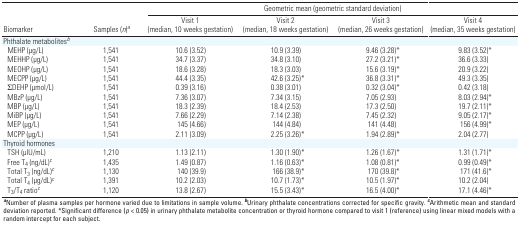
<table><thead><tr><td rowspan="2"><b>Biomarker</b></td><td rowspan="2"><b> Samples (<i>n</i>)<sup><i>a</i></sup></b></td><td colspan="4"><b>Geometric mean (geometric standard deviation)</b></td></tr><tr><td><b>Visit 1 (median, 10 weeks gestation)</b></td><td><b>Visit 2 (median, 18 weeks gestation)</b></td><td><b>Visit 3 (median, 26 weeks gestation)</b></td><td><b>Visit 4 (median, 35 weeks gestation)</b></td></tr></thead><tbody><tr><td><b>Phthalate metabolites<sup><i>b</i></sup></b></td></tr><tr><td><b>MEHP (μg/L)</b></td><td>1,541</td><td>10.6 (3.52)</td><td>10.9 (3.39)</td><td>9.46 (3.28)*</td><td>9.83 (3.52)*</td></tr><tr><td><b>MEHHP (μg/L)</b></td><td>1,541</td><td>34.7 (3.37)</td><td>34.8 (3.10)</td><td>27.2 (3.21)*</td><td>36.6 (3.33)</td></tr><tr><td><b>MEOHP (μg/L)</b></td><td>1,541</td><td>18.6 (3.28)</td><td>18.3 (3.03)</td><td>15.6 (3.19)*</td><td>20.9 (3.22)</td></tr><tr><td><b>MECPP (μg/L)</b></td><td>1,541</td><td>44.4 (3.35)</td><td>42.6 (3.25)*</td><td>36.8 (3.31)*</td><td>49.3 (3.35)</td></tr><tr><td><b>ΣDEHP (μmol/L)</b></td><td>1,541</td><td>0.39 (3.16)</td><td>0.38 (3.01)</td><td>0.32 (3.04)*</td><td>0.42 (3.18)</td></tr><tr><td><b>MBzP (μg/L)</b></td><td>1,541</td><td>7.36 (3.07)</td><td>7.34 (3.15)</td><td>7.05 (2.93)</td><td>8.03 (2.94)*</td></tr><tr><td><b>MBP (μg/L)</b></td><td>1,541</td><td>18.3 (2.39)</td><td>18.4 (2.53)</td><td>17.3 (2.50)</td><td>19.7 (2.11)*</td></tr><tr><td><b>MiBP (μg/L)</b></td><td>1,541</td><td>7.66 (2.29)</td><td>7.14 (2.38)</td><td>7.45 (2.32)</td><td>9.05 (2.17)*</td></tr><tr><td><b>MEP (μg/L)</b></td><td>1,541</td><td>145 (4.66)</td><td>144 (4.84)</td><td>141 (4.48)</td><td>156 (4.99)*</td></tr><tr><td><b>MCPP (μg/L)</b></td><td>1,541</td><td>2.11 (3.09)</td><td>2.25 (3.26)*</td><td>1.94 (2.89)*</td><td>2.04 (2.77)</td></tr><tr><td><b>Thyroid hormones</b></td></tr><tr><td><b>TSH (μIU/mL)</b></td><td>1,210</td><td>1.13 (2.11)</td><td>1.30 (1.90)*</td><td>1.26 (1.67)*</td><td>1.31 (1.71)*</td></tr><tr><td><b>Free T<sub>4</sub> (ng/dL)<sup><i>c</i></sup></b></td><td>1,435</td><td>1.49 (0.87)</td><td>1.16 (0.63)*</td><td>1.08 (0.81)*</td><td>0.99 (0.49)*</td></tr><tr><td><b>Total T<sub>3</sub> (ng/dL)<sup><i>c</i></sup></b></td><td>1,130</td><td>140 (39.9)</td><td>166 (38.9)*</td><td>170 (39.8)*</td><td>171 (41.6)*</td></tr><tr><td><b>Total T<sub>4</sub> (μg/dL)<sup><i>c</i></sup></b></td><td>1,391</td><td>10.2 (2.03)</td><td>10.7 (1.73)*</td><td>10.5 (1.97)*</td><td>10.2 (2.04)</td></tr><tr><td><b>T<sub>3</sub>/T<sub>4</sub> ratio<sup><i>c</i></sup></b></td><td>1,120</td><td>13.8 (2.67)</td><td>15.5 (3.43)*</td><td>16.5 (4.00)*</td><td>17.1 (4.46)*</td></tr><tr><td colspan="6"><sup><i><b>a</b></i></sup>Number of plasma samples per hormone varied due to limitations in sample volume. <sup><i><b>b</b></i></sup>Urinary phthalate concentrations corrected for specific gravity. <sup><i><b>c</b></i></sup>Arithmetic mean and standard deviation reported. *Significant difference (<i>p</i> &lt; 0.05) in urinary phthalate metabolite concentration or thyroid hormone compared to visit 1 (reference) using linear mixed models with a random intercept for each subject.</td></tr></tbody></table>